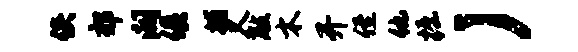
佚郊阔俱捕又敲木开侄他掘）